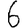
Digit: 6